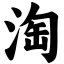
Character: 淘